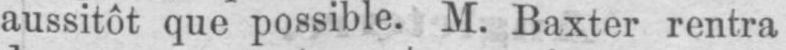
aussitôt que possible. M. Baxter rentra